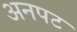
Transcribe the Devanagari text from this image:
अनपट